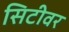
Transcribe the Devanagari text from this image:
सिटीवर